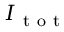
I _ { \mathrm { ~ t ~ o ~ t ~ } }